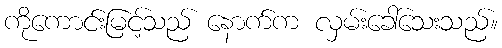
ကိုကောင်းမြင့်သည် နောက်က လှမ်းခေါ်သေးသည်။